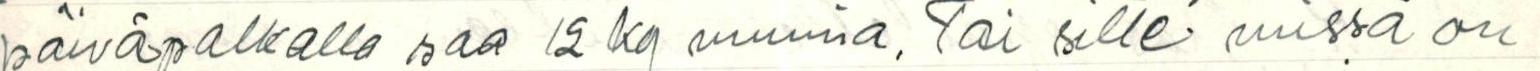
päiväpalkalla saa 12 kg munia. Tai sitte missä on